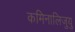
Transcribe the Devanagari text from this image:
कमिनालिजुयु